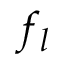
f _ { l }